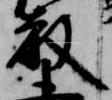
教